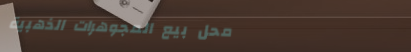
محل بيع المجوهرات الذهبية